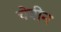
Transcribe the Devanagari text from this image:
चेवीन